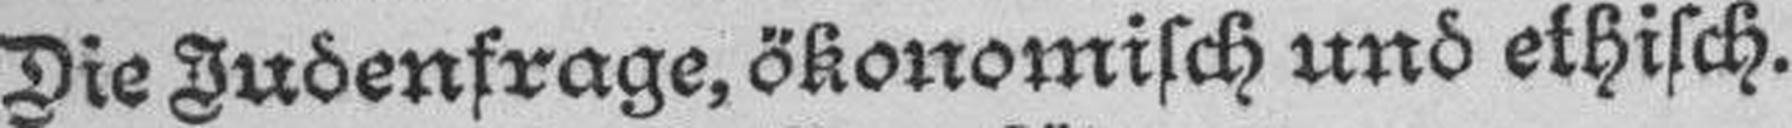
Dis Judenfrage, ökonomisch und ethisch.